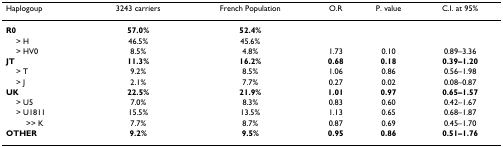
| Haplogoup | 3243 carriers | French Population | O.R | P. value | C.I. at 95% |
 | --- | --- | --- | --- | --- | --- |
 | R0 | 57.0% | 52.4% |  |  |  |
 | > H | 46.5% | 45.6% |  |  |  |
 | > HV0 | 8.5% | 4.8% | 1.73 | 0.10 | 0.89–3.36 |
 | JT | 11.3% | 16.2% | 0.68 | 0.18 | 0.39–1.20 |
 | > T | 9.2% | 8.5% | 1.06 | 0.86 | 0.56–1.98 |
 | > J | 2.1% | 7.7% | 0.27 | 0.02 | 0.08–0.87 |
 | UK | 22.5% | 21.9% | 1.01 | 0.97 | 0.65–1.57 |
 | > U5 | 7.0% | 8.3% | 0.83 | 0.60 | 0.42–1.67 |
 | > U1811 | 15.5% | 13.5% | 1.13 | 0.65 | 0.68–1.87 |
 | >> K | 7.7% | 8.7% | 0.87 | 0.69 | 0.45–1.70 |
 | OTHER | 9.2% | 9.5% | 0.95 | 0.86 | 0.51–1.76 |